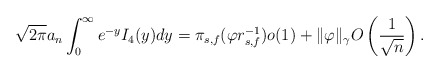
\begin{align*}\sqrt{2\pi} a_n \int_0^{\infty} e^{- y} I_4(y) dy= \pi_{s,f}(\varphi r_{s,f}^{-1}) o(1) + \|\varphi\|_{\gamma} O \left( \frac{1}{\sqrt{n}} \right). \end{align*}